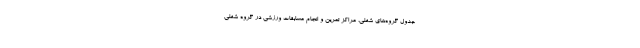
جدول گروه‌های شغلی، مراکز تمرین و انجام مسابقات ورزشی در گروه شغلی